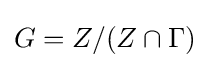
G=Z/(Z\cap \Gamma )